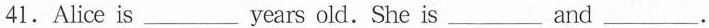
41.Alice is___years old.She is___and___.